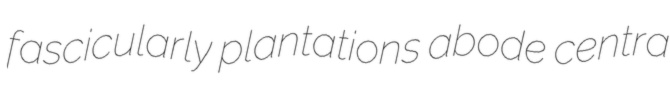
fascicularly plantations abode centra